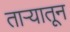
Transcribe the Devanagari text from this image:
ताऱ्यातून